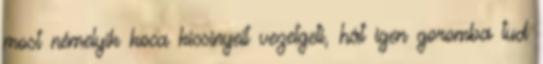
most némelyik koca kicsinyeit vezetgeti, hát igen goromba tud